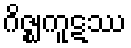
ဂိဇ္ဈကူဋဿ